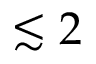
\lesssim 2